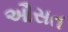
ઔસત